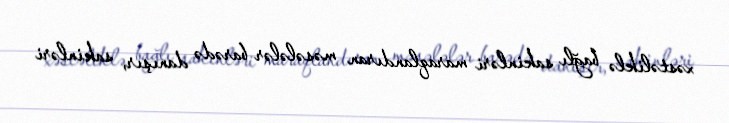
xəstəliklə bağlı sakinləri maraqlandıran məsələlər barədə danışır, sakinləri